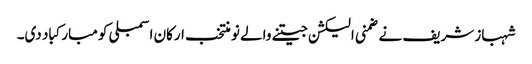
شہباز شریف نے ضمنی الیکشن جیتنے والے نو منتخب ارکان اسمبلی کو مبارکباد دی۔